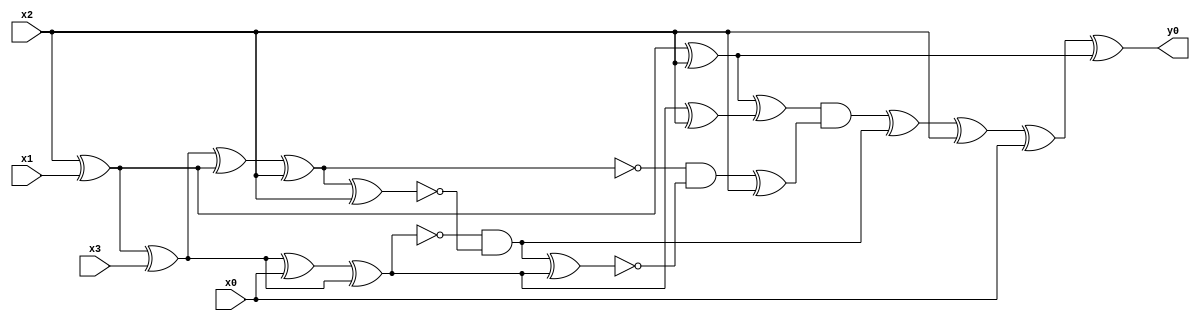
module top( x0 , x1 , x2 , x3 , y0 );
  input x0 , x1 , x2 , x3 ;
  output y0 ;
  wire n5 , n6 , n7 , n8 , n9 , n10 , n11 , n12 , n13 , n14 , n15 , n16 , n17 , n18 , n19 , n20 , n21 , n22 , n23 ;
  assign n5 = x2 ^ x1 ;
  assign n10 = n5 ^ x2 ;
  assign n6 = n5 ^ x3 ;
  assign n7 = n6 ^ x0 ;
  assign n8 = n7 ^ n6 ;
  assign n9 = n8 ^ x2 ;
  assign n11 = n10 ^ n9 ;
  assign n12 = n6 ^ n5 ;
  assign n13 = n12 ^ x2 ;
  assign n14 = n13 ^ x2 ;
  assign n15 = ~n8 & ~n14 ;
  assign n16 = n15 ^ n8 ;
  assign n17 = ~n13 & ~n16 ;
  assign n18 = n17 ^ x2 ;
  assign n19 = n11 & n18 ;
  assign n20 = n19 ^ n15 ;
  assign n21 = n20 ^ x2 ;
  assign n22 = n21 ^ x0 ;
  assign n23 = n22 ^ n10 ;
  assign y0 = n23 ;
endmodule